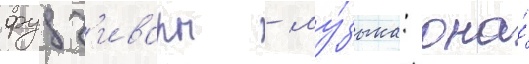
фудз'ивары - му́зыка: она́